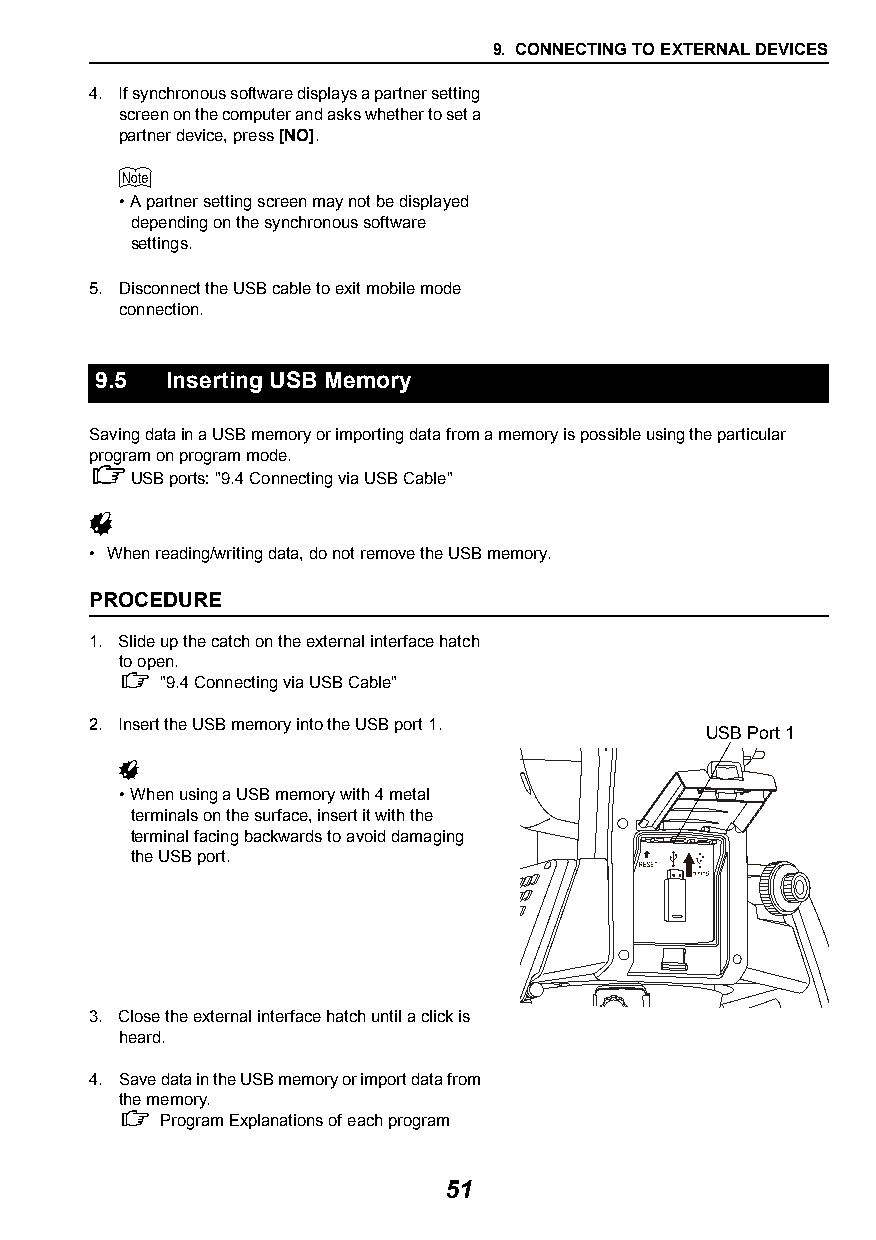
9. CONNECTING TO EXTERNAL DEVICES
 4. If synchronous software displays a partner setting
 screen on the computer and asks whether to set a
 partner device, press [NO].
 
 •A partner setting screen may not be displayed
 depending on the synchronous software
 settings.
 5. Disconnect the USB cable to exit mobile mode
 connection.
 9.5  Inserting USB Memory
 Saving data in a USB memory or importing data from a memory is possible using the particular
 program on program mode.
 
 USB ports: "9.4Connecting via USB Cable"
 
 • When reading/writing data, do not remove the USB memory.
 PROCEDURE
 1. Slide up the catch on the external interface hatch
 to open.
   "9.4Connecting via USB Cable"
 2. Insert the USB memory into the USB port 1.
 USB Port 1
 
 •When using a USB memory with 4 metal
 terminals on the surface, insert it with the
 terminal facing backwards to avoid damaging
 the USB port.
 3. Close the external interface hatch until a click is
 heard.
 4. Save data in the USB memory or import data from
 the memory.
   Program Explanations of each program
 51